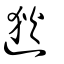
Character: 逖